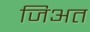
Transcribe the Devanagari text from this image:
जिअत